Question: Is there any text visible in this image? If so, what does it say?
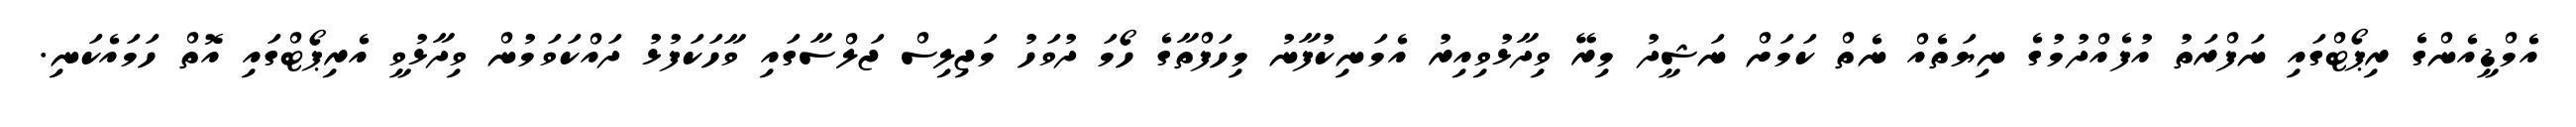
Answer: އެމްޑީއެންގެ ރިޕޯޓްގައި ނަފްރަތު އުފެއްދުމުގެ ނިޔަތެއް ނެތް ކަމަށް ނަޝީދު މިރޭ ވިދާޅުވިއިރު އެމަނިކުފާނު މިހަފްތާގެ ހޯމަ ދުވަހު މަޖިލިސް ޖަލްސާގައި ވާހަކަފުޅު ދައްކަވަމުން ވިދާޅުވީ އެރިޕޯޓްގައި އޮތް ހަމައެކަނި.